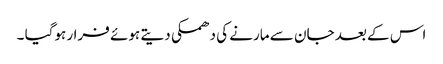
اس کے بعد جان سے مارنے کی دھمکی دیتے ہوئے فرار ہوگیا ۔